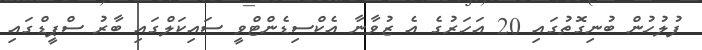
ފުލުހުން ބުނިގޮތުގައި 20 އަހަރުގެ އެ ޒުވާނާ އެކްސިޑެންޓްވީ ސައިކަލްގައި ބާރު ސްޕީޑްގައި